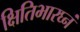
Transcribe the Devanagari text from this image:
क्षितिभारघ्नं